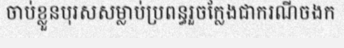
ចាប់ខ្លួនបុរសសម្លាប់ប្រពន្ធរួចក្លែងជាករណីចងក